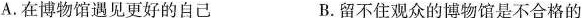
C.在博物馆，你能听到岁月的足音 D.今天，让我们与博物馆有个约会